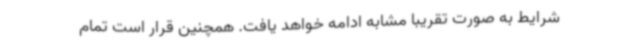
شرایط به صورت تقریبا مشابه ادامه خواهد یافت. همچنین قرار است تمام